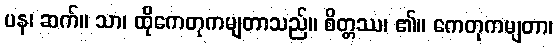
ပန၊ ဆက်။ သာ၊ ထိုကေတုကမျတာသည်။ စိတ္တဿ၊ ၏။ ကေတုကမျတာ၊